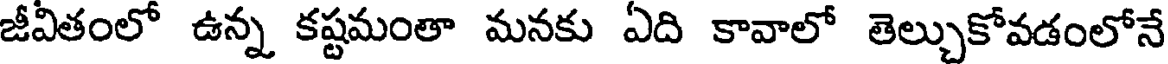
జీవితంలో ఉన్న కష్టమంతా మనకు ఏది కావాలో తెల్చుకోవడంలోనే